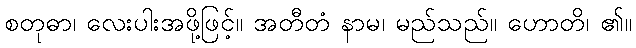
စတုဓာ၊ လေးပါးအဖို့ဖြင့်။ အတီတံ နာမ၊ မည်သည်။ ဟောတိ၊ ၏။